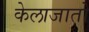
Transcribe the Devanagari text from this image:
केलाजातो